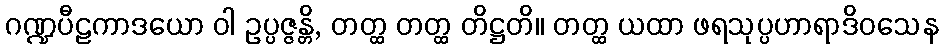
ဂဏ္ဍပီဠကာဒယော ဝါ ဥပ္ပဇ္ဇန္တိ, တတ္ထ တတ္ထ တိဋ္ဌတိ။ တတ္ထ ယထာ ဖရသုပ္ပဟာရာဒိဝသေန